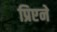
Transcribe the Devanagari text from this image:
प्रिएने